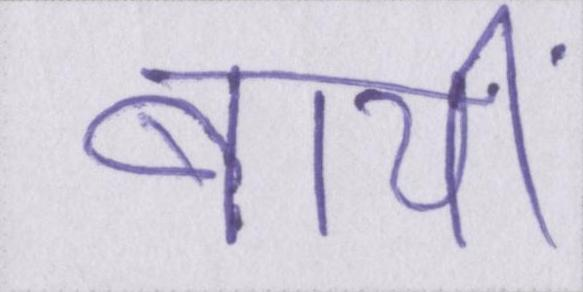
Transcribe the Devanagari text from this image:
बायीं